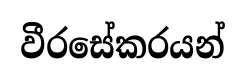
වීරසේකරයන්